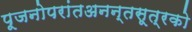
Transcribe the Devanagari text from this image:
पूजनोपरांतअनन्तसूत्रको